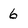
Character: 6